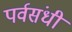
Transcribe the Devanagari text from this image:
पर्वसंधी